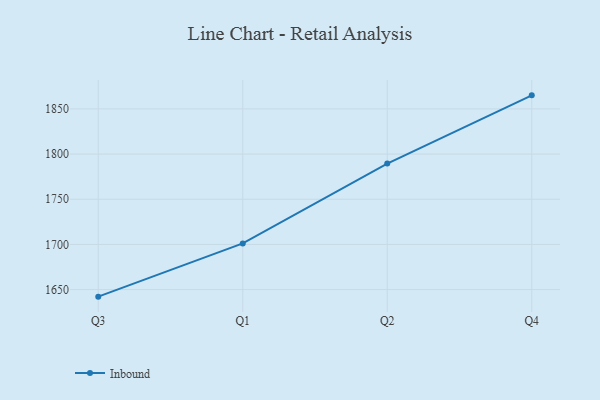
{"axis": {"x": "Quarter", "y": "Net Income (USD K)"}, "legend": ["Inbound"], "data": [{"x": "Q3", "y": 1642.2, "type": "Inbound"}, {"x": "Q1", "y": 1701.1, "type": "Inbound"}, {"x": "Q2", "y": 1789.5, "type": "Inbound"}, {"x": "Q4", "y": 1865.0, "type": "Inbound"}]}